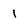
Character: 1